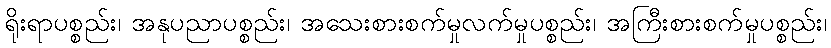
ရိုးရာပစ္စည်း၊ အနုပညာပစ္စည်း၊ အသေးစားစက်မှုလက်မှုပစ္စည်း၊ အကြီးစားစက်မှုပစ္စည်း၊